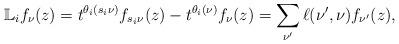
LaTeX: \begin{align*}\mathbb{L}_i f_{\nu}(z) &= t^{\theta_i(s_i\nu)} f_{s_i \nu}(z)- t^{\theta_i(\nu)} f_{\nu}(z) = \sum_{\nu'} \ell(\nu',\nu) f_{\nu'}(z),\end{align*}